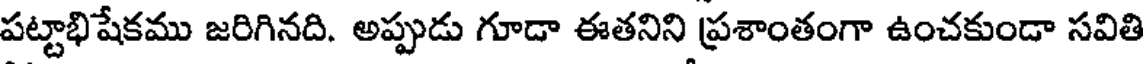
పట్టాభిషేకము జరిగినది. అప్పుడు గూడా ఈతనిని ప్రశాంతంగా ఉంచకుండా సవితి